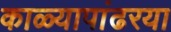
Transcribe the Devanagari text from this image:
काळ्यापांढरया